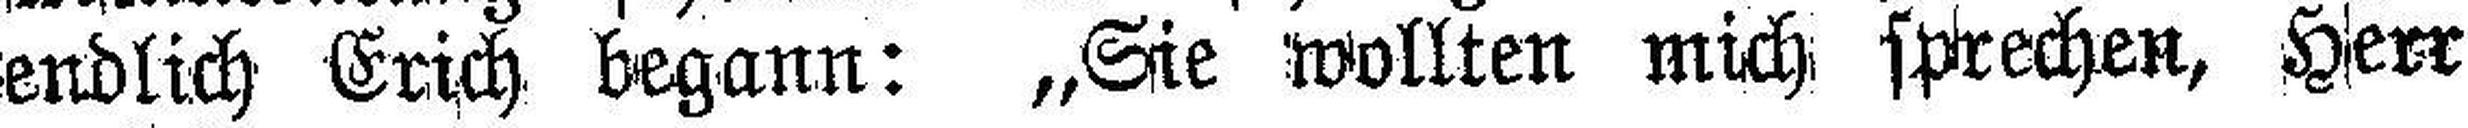
bis endlich Erich begann: „Sie wollten mich sprechen, Herr